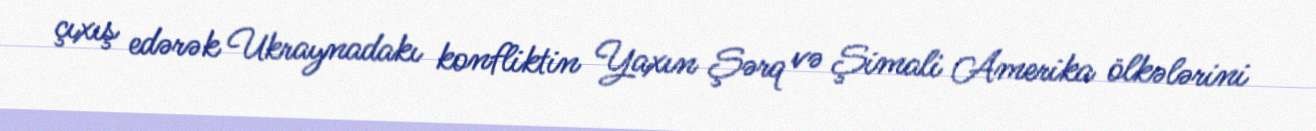
çıxış edərək Ukraynadakı konfliktin Yaxın Şərq və Şimali Amerika ölkələrini